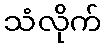
သံလိုက်